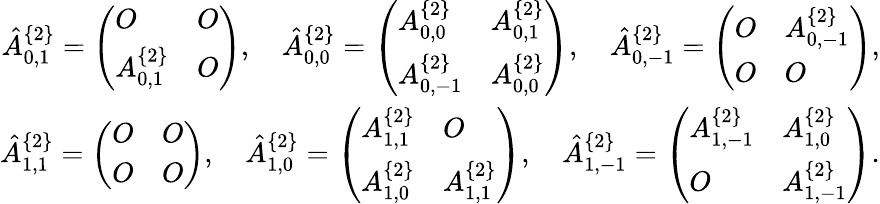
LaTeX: \begin{array}{r}{\hat{A}_{0,1}^{\{ 2\} }=\left(\begin{array}{ll}{O}&{O}\\ {A_{0,1}^{\{ 2\} }}&{O}\end{array}\right),\quad\hat{A}_{0,0}^{\{ 2\} }=\left(\begin{array}{ll}{A_{0,0}^{\{ 2\} }}&{A_{0,1}^{\{ 2\} }}\\ {A_{0,-1}^{\{ 2\} }}&{A_{0,0}^{\{ 2\} }}\end{array}\right),\quad\hat{A}_{0,-1}^{\{ 2\} }=\left(\begin{array}{ll}{O}&{A_{0,-1}^{\{ 2\} }}\\ {O}&{O}\end{array}\right),}\\ {\hat{A}_{1,1}^{\{ 2\} }=\left(\begin{array}{ll}{O}&{O}\\ {O}&{O}\end{array}\right),\quad\hat{A}_{1,0}^{\{ 2\} }=\left(\begin{array}{ll}{A_{1,1}^{\{ 2\} }}&{O}\\ {A_{1,0}^{\{ 2\} }}&{A_{1,1}^{\{ 2\} }}\end{array}\right),\quad\hat{A}_{1,-1}^{\{ 2\} }=\left(\begin{array}{ll}{A_{1,-1}^{\{ 2\} }}&{A_{1,0}^{\{ 2\} }}\\ {O}&{A_{1,-1}^{\{ 2\} }}\end{array}\right).}\end{array}